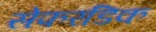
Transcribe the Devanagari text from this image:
सेफरडिक